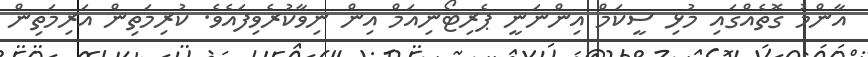
އާންމު ގޮތެއްގައި މުޅި ސީކަމް އިންނަނީ ޕެރިޓޯނިއަމް އިން ނިވާކުރެވިފައެވެ. ކުރިމަތިން އަރިމަތިން